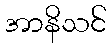
အာနိသင်